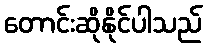
တောင်းဆိုနိုင်ပါသည်